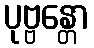
ပုဗ္ဗန္တော